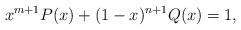
LaTeX: \begin{align*}x^{m+1} P(x)+(1-x)^{n+1} Q(x)=1,\end{align*}